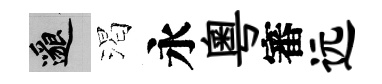
邈渴永粵審远